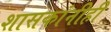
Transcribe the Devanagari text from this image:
शासकांनीही